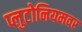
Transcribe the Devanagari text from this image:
प्लुटोनियमवर